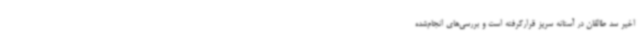
اخیر سد طالقان در آستانه سریز قرارگرفته است و بررسی‌های انجام‌شده